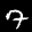
Label: 7